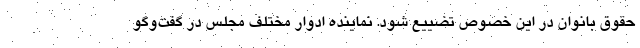
حقوق بانوان در این خصوص تضییع شود. نماینده ادوار مختلف مجلس در گفت‌وگو